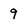
Character: 9